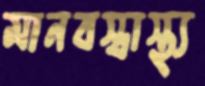
মানবস্বাস্থ্য